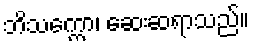
ဘိသက္ကော၊ ဆေးဆရာသည်။